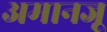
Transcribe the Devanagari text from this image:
अमानजू